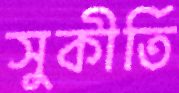
সুকীর্তি